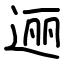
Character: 逦